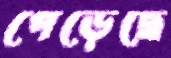
পেড়েছে